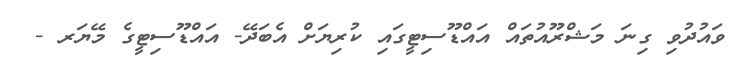
ވައުދުވި ގިނަ މަޝްރޫއުތައް އައްޑޫސިޓީގައި ކުރިޔަށް އެބަދޭ- އައްޑޫސިޓީގެ މޭޔަރ -